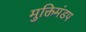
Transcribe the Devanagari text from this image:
मुक्तिमंडप